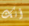
أنك